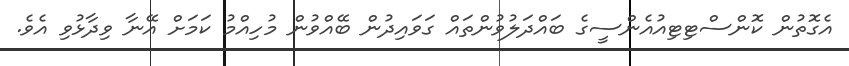
އެގޮތުން ކޮންސްޓިޓިއުއެންސީގެ ބައްދަލުވުންތައް ގަވައިދުން ބޭއްވުން މުހިއްމު ކަމަށް އޭނާ ވިދާޅުވި އެވެ.